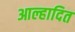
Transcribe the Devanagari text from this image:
आल्हादित